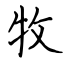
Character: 牧